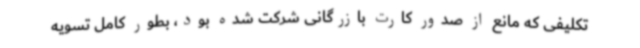
تکلیفی که مانع از صدور کارت بازرگانی شرکت شده بود، بطور کامل تسویه